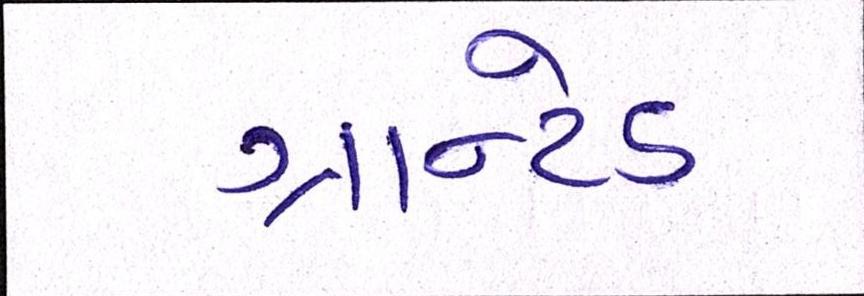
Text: ગ્રાન્ટેડ